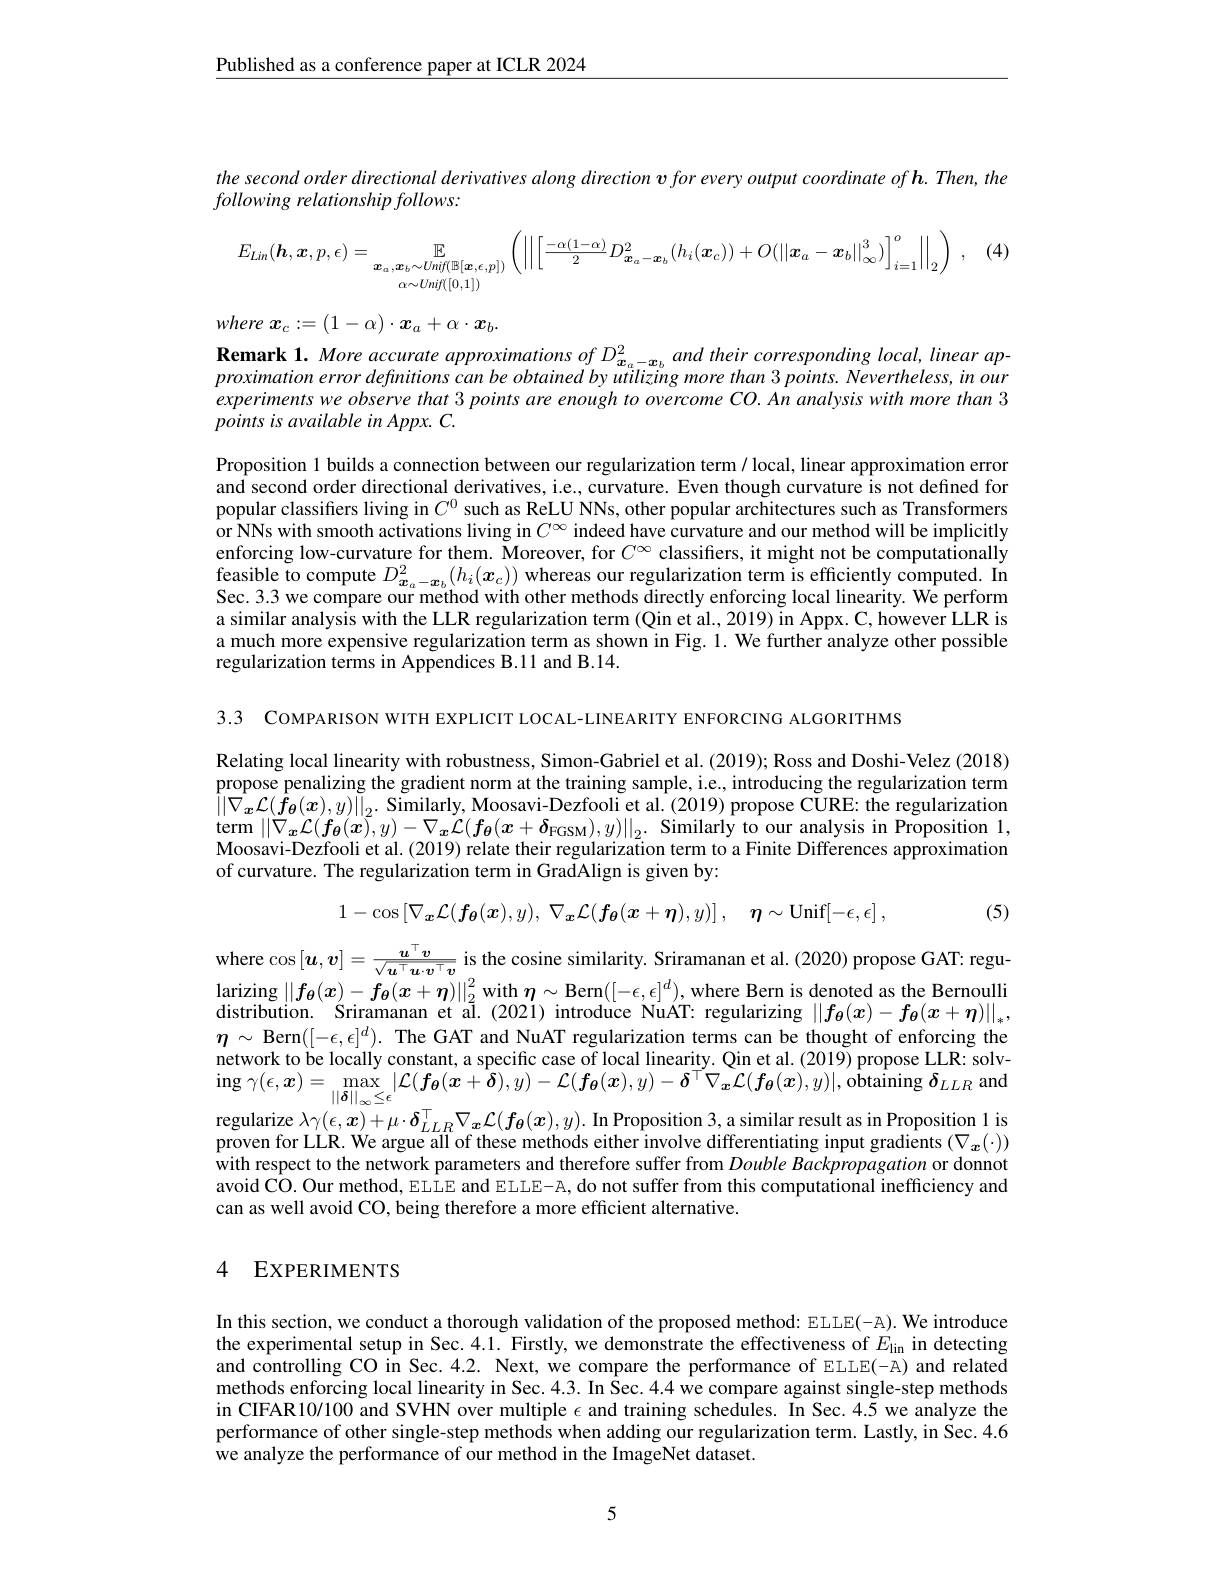
$\underline{\text{Published as a conferenc}}$

the second order directional
following relationship follows:
$$E_{Lin}(\boldsymbol{h},\boldsymbol{x},p,\epsilon)=\mathbb{E}_{\boldsymbol{x}_{a},\boldsymbol{x}_{b}\sim Uinf(\mathbb{B}[\boldsymbol{x},\epsilon,p])}\left(\left|\left|\left[\frac{-\alpha(1-\alpha)}{2}D_{\boldsymbol{x}_{a}-\boldsymbol{x}_{b}}^{2}(h_{i}(\boldsymbol{x}_{c}))+O(\left|\left|\boldsymbol{x}_{a}-\boldsymbol{x}_{b}\right|\right|_{\infty}^{3})\right]_{i=1}^{o}\right|\right|_{2}\right)\:,$$
where $x_c:=(1-\alpha)\cdot\boldsymbol{x}_a+\alpha\cdot\boldsymbol{x}_b.$

$\textbf{Remark 1. More accurate approximations of D}_{\boldsymbol{x}_{a}- \boldsymbol{x}_{b}}^{2}and$ their corresponding local, linear ap- proximation error defnitions can be obtained by utilizing more than 3 points. Nevertheless, in our proximation error defnitions can b experiments we observe that 3 points are enough to overcome CO. An analysis with more than 3 points is available in Appx. C.

Proposition 1 builds a connection between our regularization term / local, linear approximation error and second order directional derivatives, i.e., curvature. Even though curvature is not defined for popular classifiers living i or NNs with smooth activations living in $C^{\infty}$ indeed have curvature and our method will be implicitly $\begin{array}{l}\text{enforcing low-curvature for them. Moreover, for }C^{\infty}\text{ classifiers, it might not be computationally}\\\text{feasible to compute }D_{x_a-x_b}^2(h_i(x_c))\text{ whereas our regularization term is efficiently computed. In}\end{array}$ Sec. 3.3 we compare our method with other methods directly enforcing local linearity. We perform a similar analysis with the LLR regularization term (Qin et al., 2019) in Appx. C, however LLR is a much more expensive regularization term as shown in Fig. 1. We further analyze other possible regularization terms in Appendices B.11 and B.14.

3.3 COMPARISON WITH EXPLICIT

Relating local linearity with robustness, Simon-Gabriel et al. (2019); Ross and Doshi-Velez (2018) propose penalizing the gradi $\left\|\hat{\nabla_x}\mathcal{L}(\hat{f_\theta}(x),y)\right\|_2.$ Similarly, Moosavi-Dezfooli et al. (2019) propose CURE: the regularization term $| | \nabla _{x}\mathcal{L} ( f_{\theta }( x) , y) - \nabla _{x}\dot{\mathcal{L} } ( f_{\theta }( x+ \delta _{\mathrm{FGSM}}) , y) | | _{2}.$ Similarly to our analysis in Proposition 1, Moosavi- Dezfooli et al. ( 2019) relate their regularization term to a Finite Differences approximation of curvature. The regularization term in GradAlign is given by:
$$1-\cos\left[\nabla_{\boldsymbol{x}}\mathcal{L}(\boldsymbol{f_{\theta}}(\boldsymbol{x}),y),\:\nabla_{\boldsymbol{x}}\mathcal{L}(\boldsymbol{f_{\theta}}(\boldsymbol{x}+\boldsymbol{\eta}),y)\right],\quad\boldsymbol{\eta}\sim\mathrm{Unif}[-\epsilon,\epsilon]\:,$$
(5)

where $\cos\left[\boldsymbol{u},\boldsymbol{v}\right]=\frac{\boldsymbol{u}^{\top}\boldsymbol{v}}{\sqrt{\boldsymbol{u}^{\top}\boldsymbol{u}\cdot\boldsymbol{v}^{\top}\boldsymbol{v}}}$ is the cosine similarity. Sriramanan et al. (2020) propose GAT: regularizing $\left\|f_{\boldsymbol{\theta}}(x)-f_{\boldsymbol{\theta}}(x+\boldsymbol{\eta})\right\|_2^2$ with $\boldsymbol{\eta}\sim\operatorname{Bern}([-\epsilon,\epsilon]^d)$, where Bern is denoted as the Bernoulli distribution. Sriramanan et al.(2021) introduce NuAT: regularizing $\left|\left|f_{\boldsymbol{\theta}}(x)-f_{\boldsymbol{\theta}}(x+\boldsymbol{\eta})\right|\right|_{*}$, $\boldsymbol{\eta}\sim$ Bern$([-\epsilon,\epsilon]^d).$ The GAT and NuAT regularization terms can be thought of enforcing the $\begin{array}{c}{\text{network to be locailly constant, a specific case of local linearity. Qin et al.(2019) propose LLR: solv-}}\\{\mathrm{ing~}\gamma(\epsilon,\boldsymbol{x})=\max_{||\boldsymbol{\delta}||_\infty\leq\epsilon}|\mathcal{L}(\boldsymbol{f_{\theta}}(\boldsymbol{x}+\boldsymbol{\delta}),y)-\mathcal{L}(\boldsymbol{f_{\theta}}(\boldsymbol{x}),y)-\delta^{\top}\nabla_{\boldsymbol{x}}\mathcal{L}(\boldsymbol{f_{\theta}}(\boldsymbol{x}),y)|,\text{obtaining }\delta_{LLR}}\end{array}$ regularize $\lambda\gamma(\epsilon,\boldsymbol{x})+\mu\cdot\boldsymbol{\delta}_{LLR}^\top\nabla_{\boldsymbol{x}}\mathcal{L}(\boldsymbol{f}_{\boldsymbol{\theta}}(\boldsymbol{x}),y).$ In Proposition 3, a similar result as in Proposition 1 is proven for LLR. We argue all with respect to the network parameters and therefore suffer from $Double\textit{Backpropagation or donnot}$ avoid CO. Our method, ELLE and ELLE-A, do not suffer from this computational inefficiency and can as well avoid CO, being

## 4 EXPERIMENTS

In this section, we conduct a thorough validation of the proposed method: ELLE(-A). We introduce the experimental setup in Sec. 4.1. Firstly, we demonstrate the effectiveness of $E_\mathrm{lin}$ in detecting and controlling CO in Sec. 4.2. Next, we compare the performance of ELLE(-A) and related methods enforcing local linearity in Sec. 4.3. In Sec. 4.4 we compare against single-step methods in CIFAR10/100 and SVHN over multiple $\epsilon$ and training schedules. In Sec.4.5 we analyze the performance of other single-step methods when adding our regularization term. Lastly, in $\dot{\text{Sec.4.6}}$ we analyze the performance of our method in the ImageNet dataset.

5